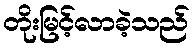
တိုးမြင့်လာခဲ့သည်